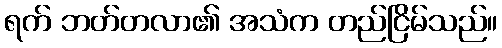
ရက် ဘတ်တလာ၏ အသံက တည်ငြိမ်သည်။